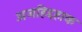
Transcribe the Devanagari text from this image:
अजहिद्दहाक